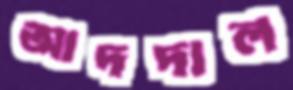
আদদাল